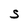
Character: S